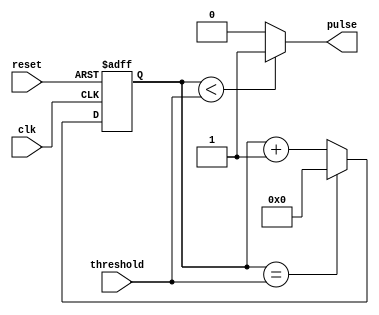
module DutyCyclePulseGenerator (
    input wire clk,          // External clock signal
    input wire reset,        // Reset signal
    input wire threshold,    // Threshold for duty cycle comparison
    
    output reg pulse         // Output pulse signal
);

reg [7:0] counter;          // Counter to track pulse width

always @(posedge clk or posedge reset)
begin
    if (reset)
        counter <= 8'd0;
    else if (counter == threshold)
        counter <= 8'd0;
    else
        counter <= counter + 1;
end

assign pulse = (counter < threshold) ? 1'b1 : 1'b0; // Generate pulse signal based on counter value

endmodule